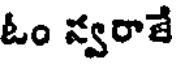
ఓం స్వరాజే